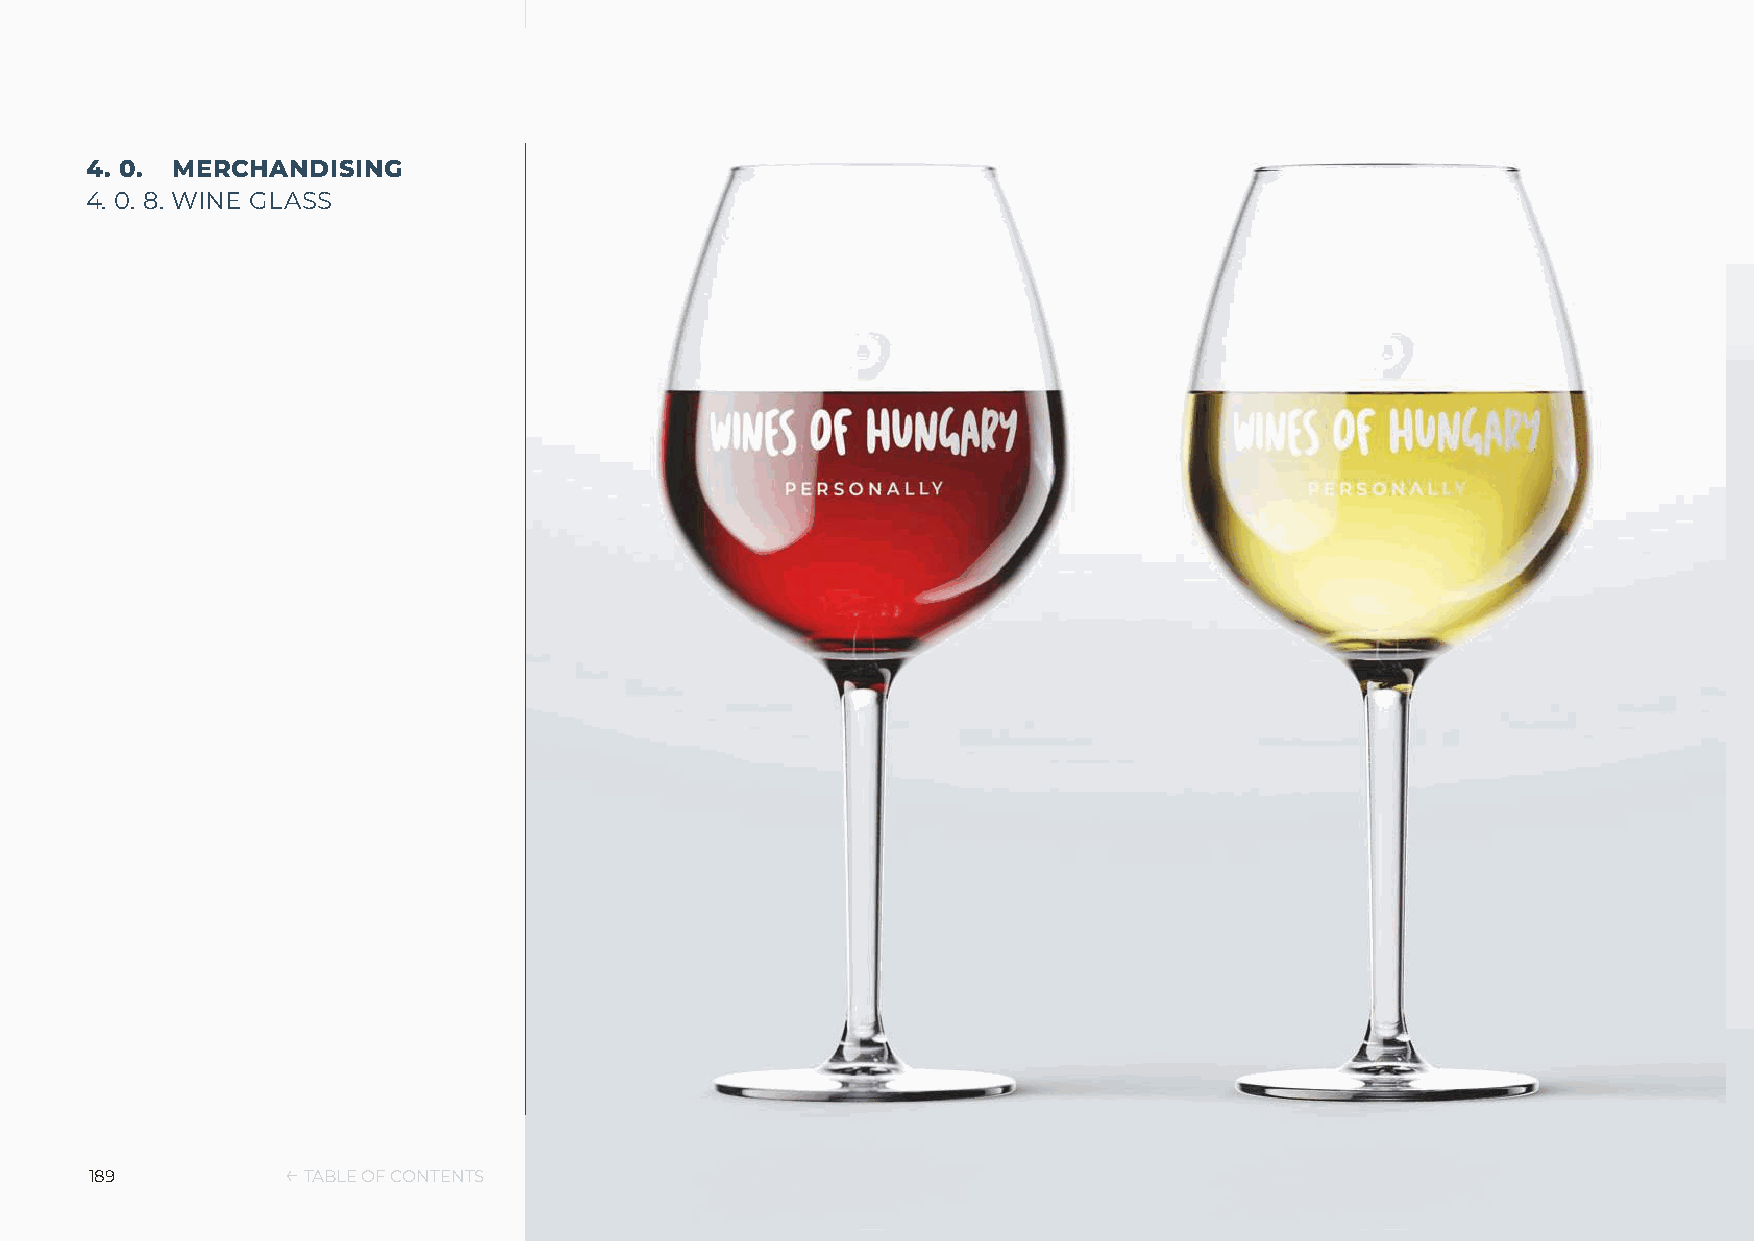
4. 0. MERCHANDISING
 4. 0. 8. WINE GLASS
 189          ← TABLE OF CONTENTS